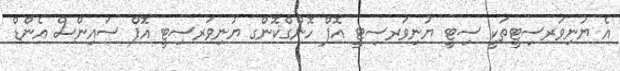
އެ ޔުނިވަރސިޓީތަކީ ސިޓީ ޔުނިވަރސިޓީ އޮފް ހޮންގްކޮންގ ޔުނިވަރސިޓީ އޮފް ސައިންސް އެންޑް